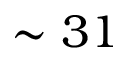
\sim 3 1